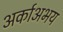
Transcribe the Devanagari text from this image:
अर्काअभय